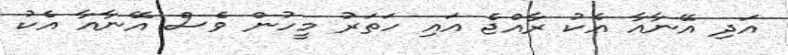
އަދި އޭނާއާ އެކު ރާއްޖެ އައި ހަތަރު މީހުން ވެސް އޭނާއާ އެކު